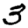
Digit: 3